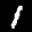
Label: 1